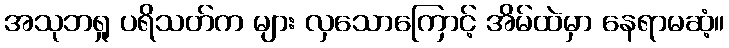
အသုဘရှု ပရိသတ်က များ လှသောကြောင့် အိမ်ထဲမှာ နေရာမဆံ့။